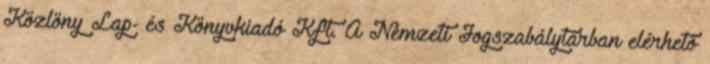
Közlöny Lap- és Könyvkiadó Kft. A Nemzeti Jogszabálytárban elérhető